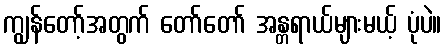
ကျွန်တော့်အတွက် တော်တော် အန္တရာယ်များမယ့် ပုံပဲ။